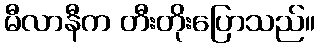
မီလာနီက တီးတိုးပြောသည်။